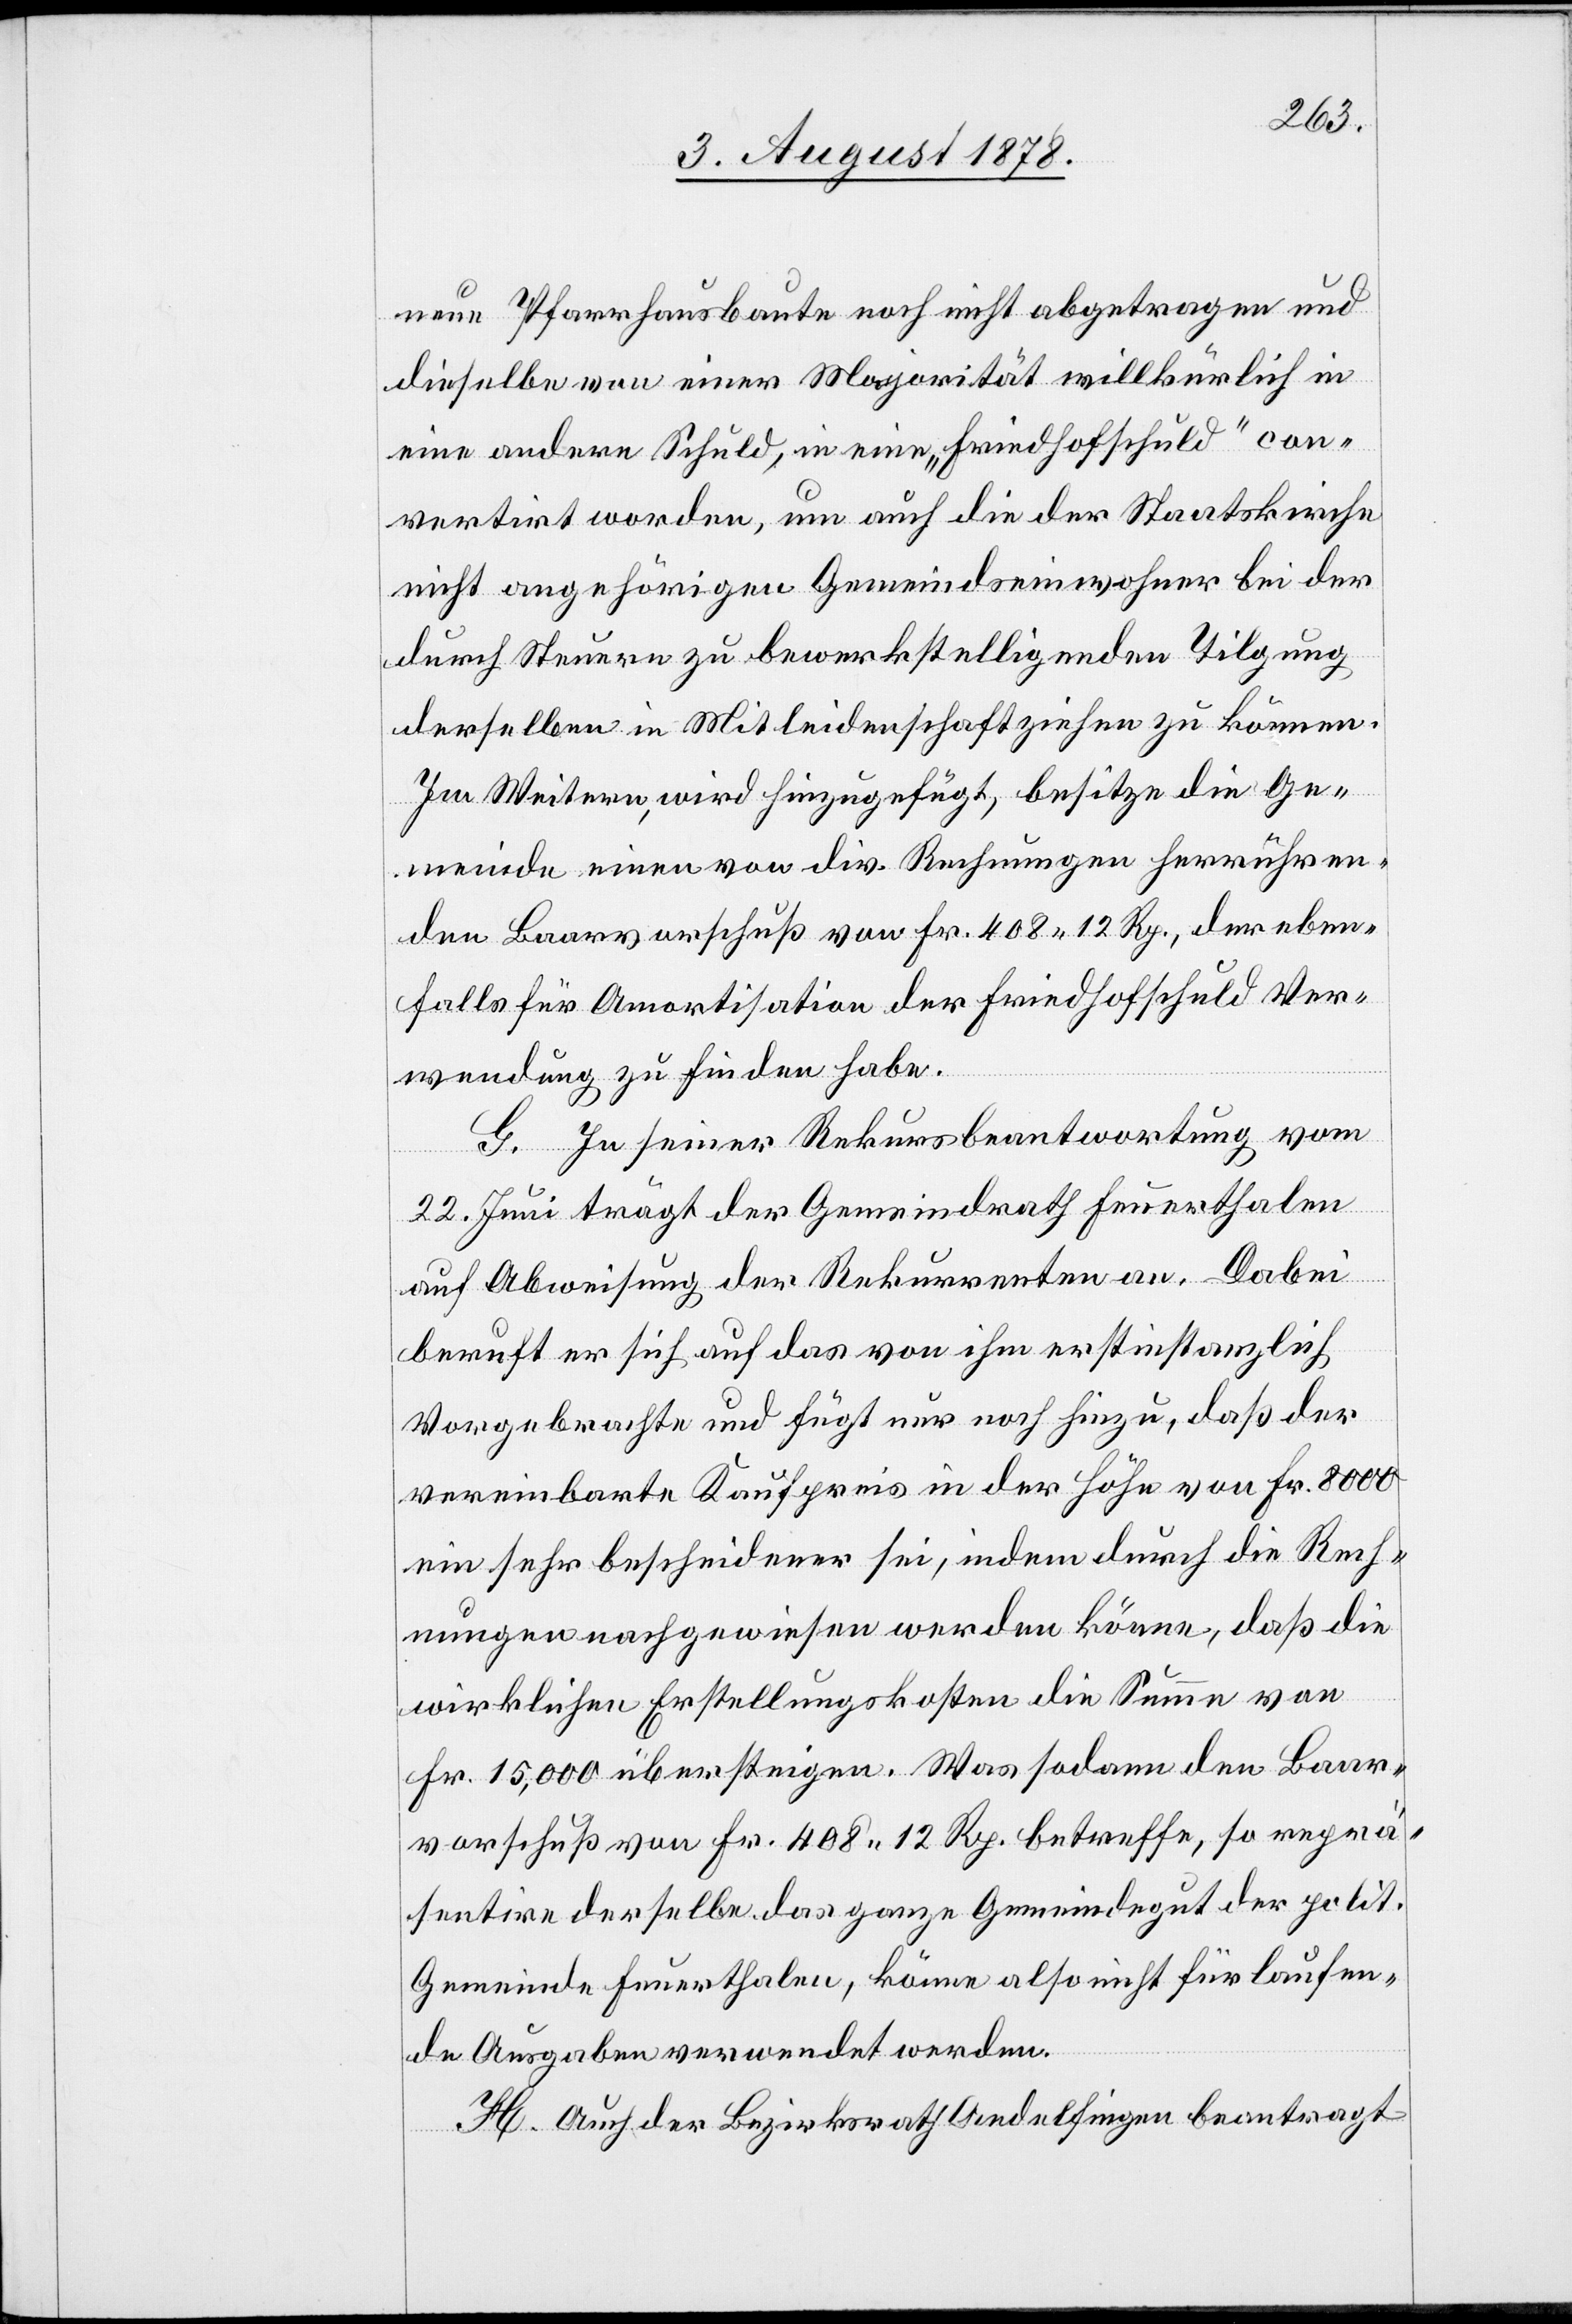
neue Pfarrhausbaute noch nicht abgetragen und
dieselbe von einer Majorität willkürlich in
eine andere Schuld, in eine „Friedhofschuld“ con¬
vertirt worden, um auch die der Staatskirche
nicht angehörigen Gemeindseinwohner bei der
durch Steuern zu bewerkstelligenden Tilgung
derselben in Mitleidenschaft ziehen zu können.
Im Weitern, wird hinzugefügt, besitze die Ge¬
meinde einen von div. Rechnungen herrühren¬
den Baarvorschuß von Fr. 408 12 Rp., der eben¬
falls für Amortisation der Friedhofschuld Ver¬
wendung zu finden habe.
G. In seiner Rekursbeantwortung vom
22. Juni trägt der Gemeindrath Feuerthalen
auf Abweisung der Rekurrenten an. Dabei
beruht er sich auf das von ihm erstinstanzlich
Vorgebrachte und fügt nur noch hinzu, daß der
vereinbarte Kaufpreis in der Höhe von Fr. 8000
ein sehr bescheidener sei, indem durch die Rech¬
nungen nachgewiesen werden könne, daß die
wirklichen Erstellungskosten die Summe von
Fr. 15,000 übersteigen. Was sodann den Baar¬
vorschuß von Fr. 408 12 Rp. betreffe, so reprä¬
sentire derselbe das ganze Gemeindegut der polit.
Gemeinde Feuerthalen, könne also nicht für laufen¬
de Ausgaben verwendet werden.
H. Auch der Bezirksrath Andelfingen beantragt